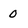
Character: 0